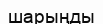
шарыңды